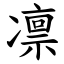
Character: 凛